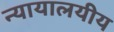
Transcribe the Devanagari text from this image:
न्यायालयीय